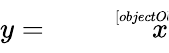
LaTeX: y={\sqrt[[objectObject]]{x}}